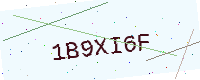
Text: 1B9XI6F